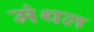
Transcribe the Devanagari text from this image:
मंथल